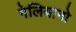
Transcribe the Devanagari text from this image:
गेलियानो